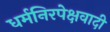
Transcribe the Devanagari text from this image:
धर्मनिरपेक्षवादी